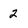
Character: 2